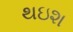
થઇશ